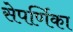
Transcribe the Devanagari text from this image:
सेपर्णिका